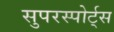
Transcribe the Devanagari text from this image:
सुपरस्पोर्ट्‌स